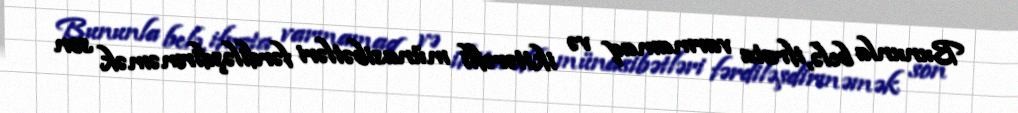
Bununla belə, ifrata varmamaq və ikitərəfli münasibətləri fərdiləşdirməmək son